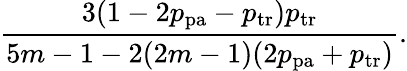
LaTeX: \frac{3(1-2p_{\mathrm{pa}}-p_{\mathrm{tr}})p_{\mathrm{tr}}}{5m-1-2(2m-1)(2p_{\mathrm{pa}}+p_{\mathrm{tr}})}.